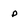
Character: p